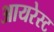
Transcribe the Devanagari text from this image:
आयरेस्ट